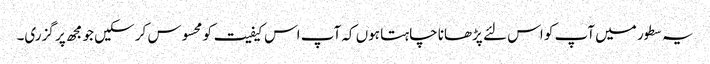
یہ سطور میں آپ کو اس لئے پڑھانا چاہتا ہوں کہ آپ اس کیفیت کو محسوس کر سکیں جو مجھ پر گزری۔